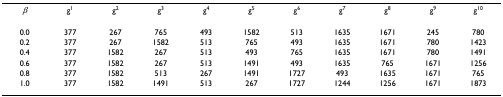
<table><thead><tr><td><b><i>β</i></b></td><td><b>g<sup>1</sup></b></td><td><b>g<sup>2</sup></b></td><td><b>g<sup>3</sup></b></td><td><b>g<sup>4</sup></b></td><td><b>g<sup>5</sup></b></td><td><b>g<sup>6</sup></b></td><td><b>g<sup>7</sup></b></td><td><b>g<sup>8</sup></b></td><td><b>g<sup>9</sup></b></td><td><b>g<sup>10</sup></b></td></tr></thead><tbody><tr><td>0.0</td><td>377</td><td>267</td><td>765</td><td>493</td><td>1582</td><td>513</td><td>1635</td><td>1671</td><td>245</td><td>780</td></tr><tr><td>0.2</td><td>377</td><td>267</td><td>1582</td><td>513</td><td>765</td><td>493</td><td>1635</td><td>1671</td><td>780</td><td>1423</td></tr><tr><td>0.4</td><td>377</td><td>1582</td><td>267</td><td>513</td><td>493</td><td>765</td><td>1635</td><td>1671</td><td>780</td><td>1491</td></tr><tr><td>0.6</td><td>377</td><td>1582</td><td>267</td><td>513</td><td>1491</td><td>493</td><td>1635</td><td>765</td><td>1671</td><td>1256</td></tr><tr><td>0.8</td><td>377</td><td>1582</td><td>513</td><td>267</td><td>1491</td><td>1727</td><td>493</td><td>1635</td><td>1671</td><td>765</td></tr><tr><td>1.0</td><td>377</td><td>1582</td><td>1491</td><td>513</td><td>267</td><td>1727</td><td>1244</td><td>1256</td><td>1671</td><td>1873</td></tr></tbody></table>